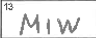
Transcription: MIW